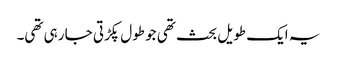
یہ ایک طویل بحث تھی جو طول پکڑتی جا رہی تھی۔